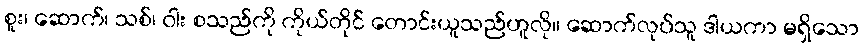
စူး၊ ဆောက်၊ သစ်၊ ဝါး စသည်ကို ကိုယ်တိုင် တောင်းယူသည်ဟူလို။ ဆောက်လုပ်သူ ဒါယကာ မရှိသော